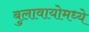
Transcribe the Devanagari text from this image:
बुलावायोमध्ये